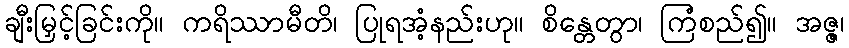
ချီးမြှင့်ခြင်းကို။ ကရိဿာမီတိ၊ ပြုရအံ့နည်းဟု။ စိန္တေတွာ၊ ကြံစည်၍။ အဇ္ဇ၊